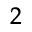
^ { 2 }